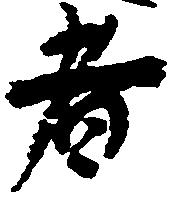
者